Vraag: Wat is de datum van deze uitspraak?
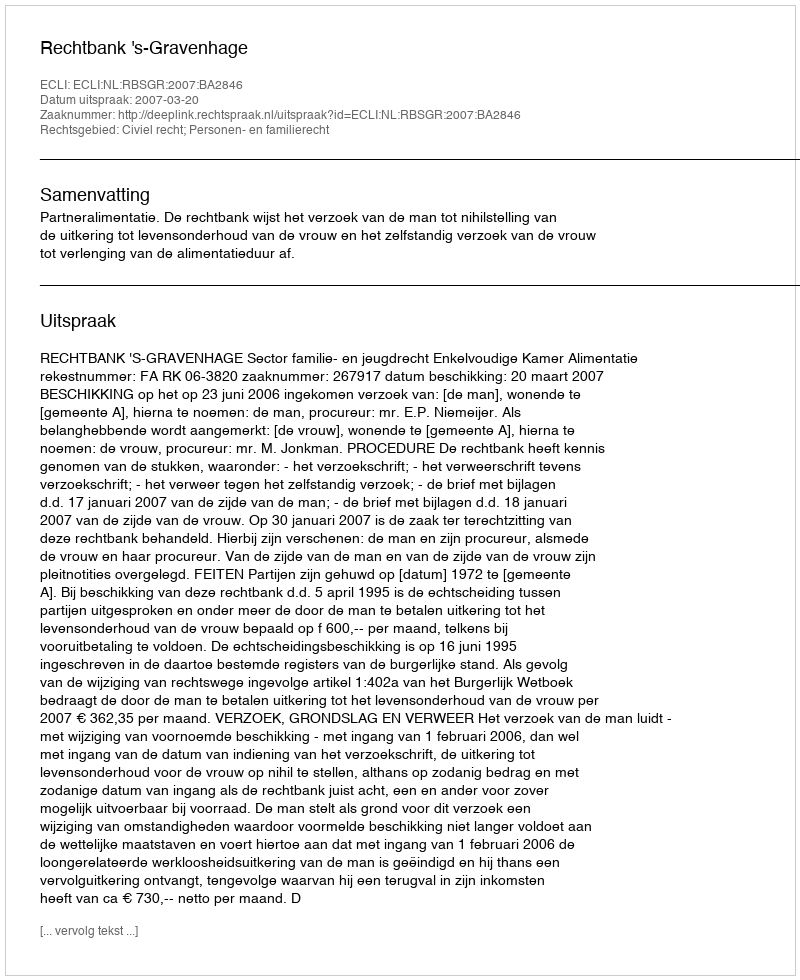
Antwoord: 2007-03-20